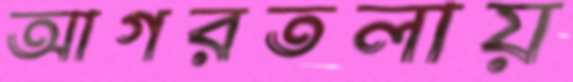
আগরতলায়